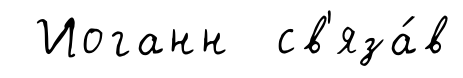
Иоганн св'яза́в